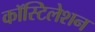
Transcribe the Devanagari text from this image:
कॉस्टिलेशन